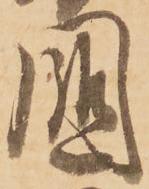
國